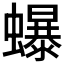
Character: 𧔙